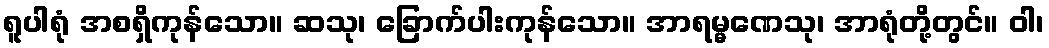
ရူပါရုံ အစရှိကုန်သော။ ဆသု၊ ခြောက်ပါးကုန်သော။ အာရမ္မဏေသု၊ အာရုံတို့တွင်။ ဝါ၊